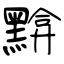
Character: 黭